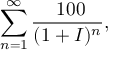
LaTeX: \sum _ { n = 1 } ^ { \infty } { \frac { \ 1 0 0 } { ( 1 + I ) ^ { n } } } ,